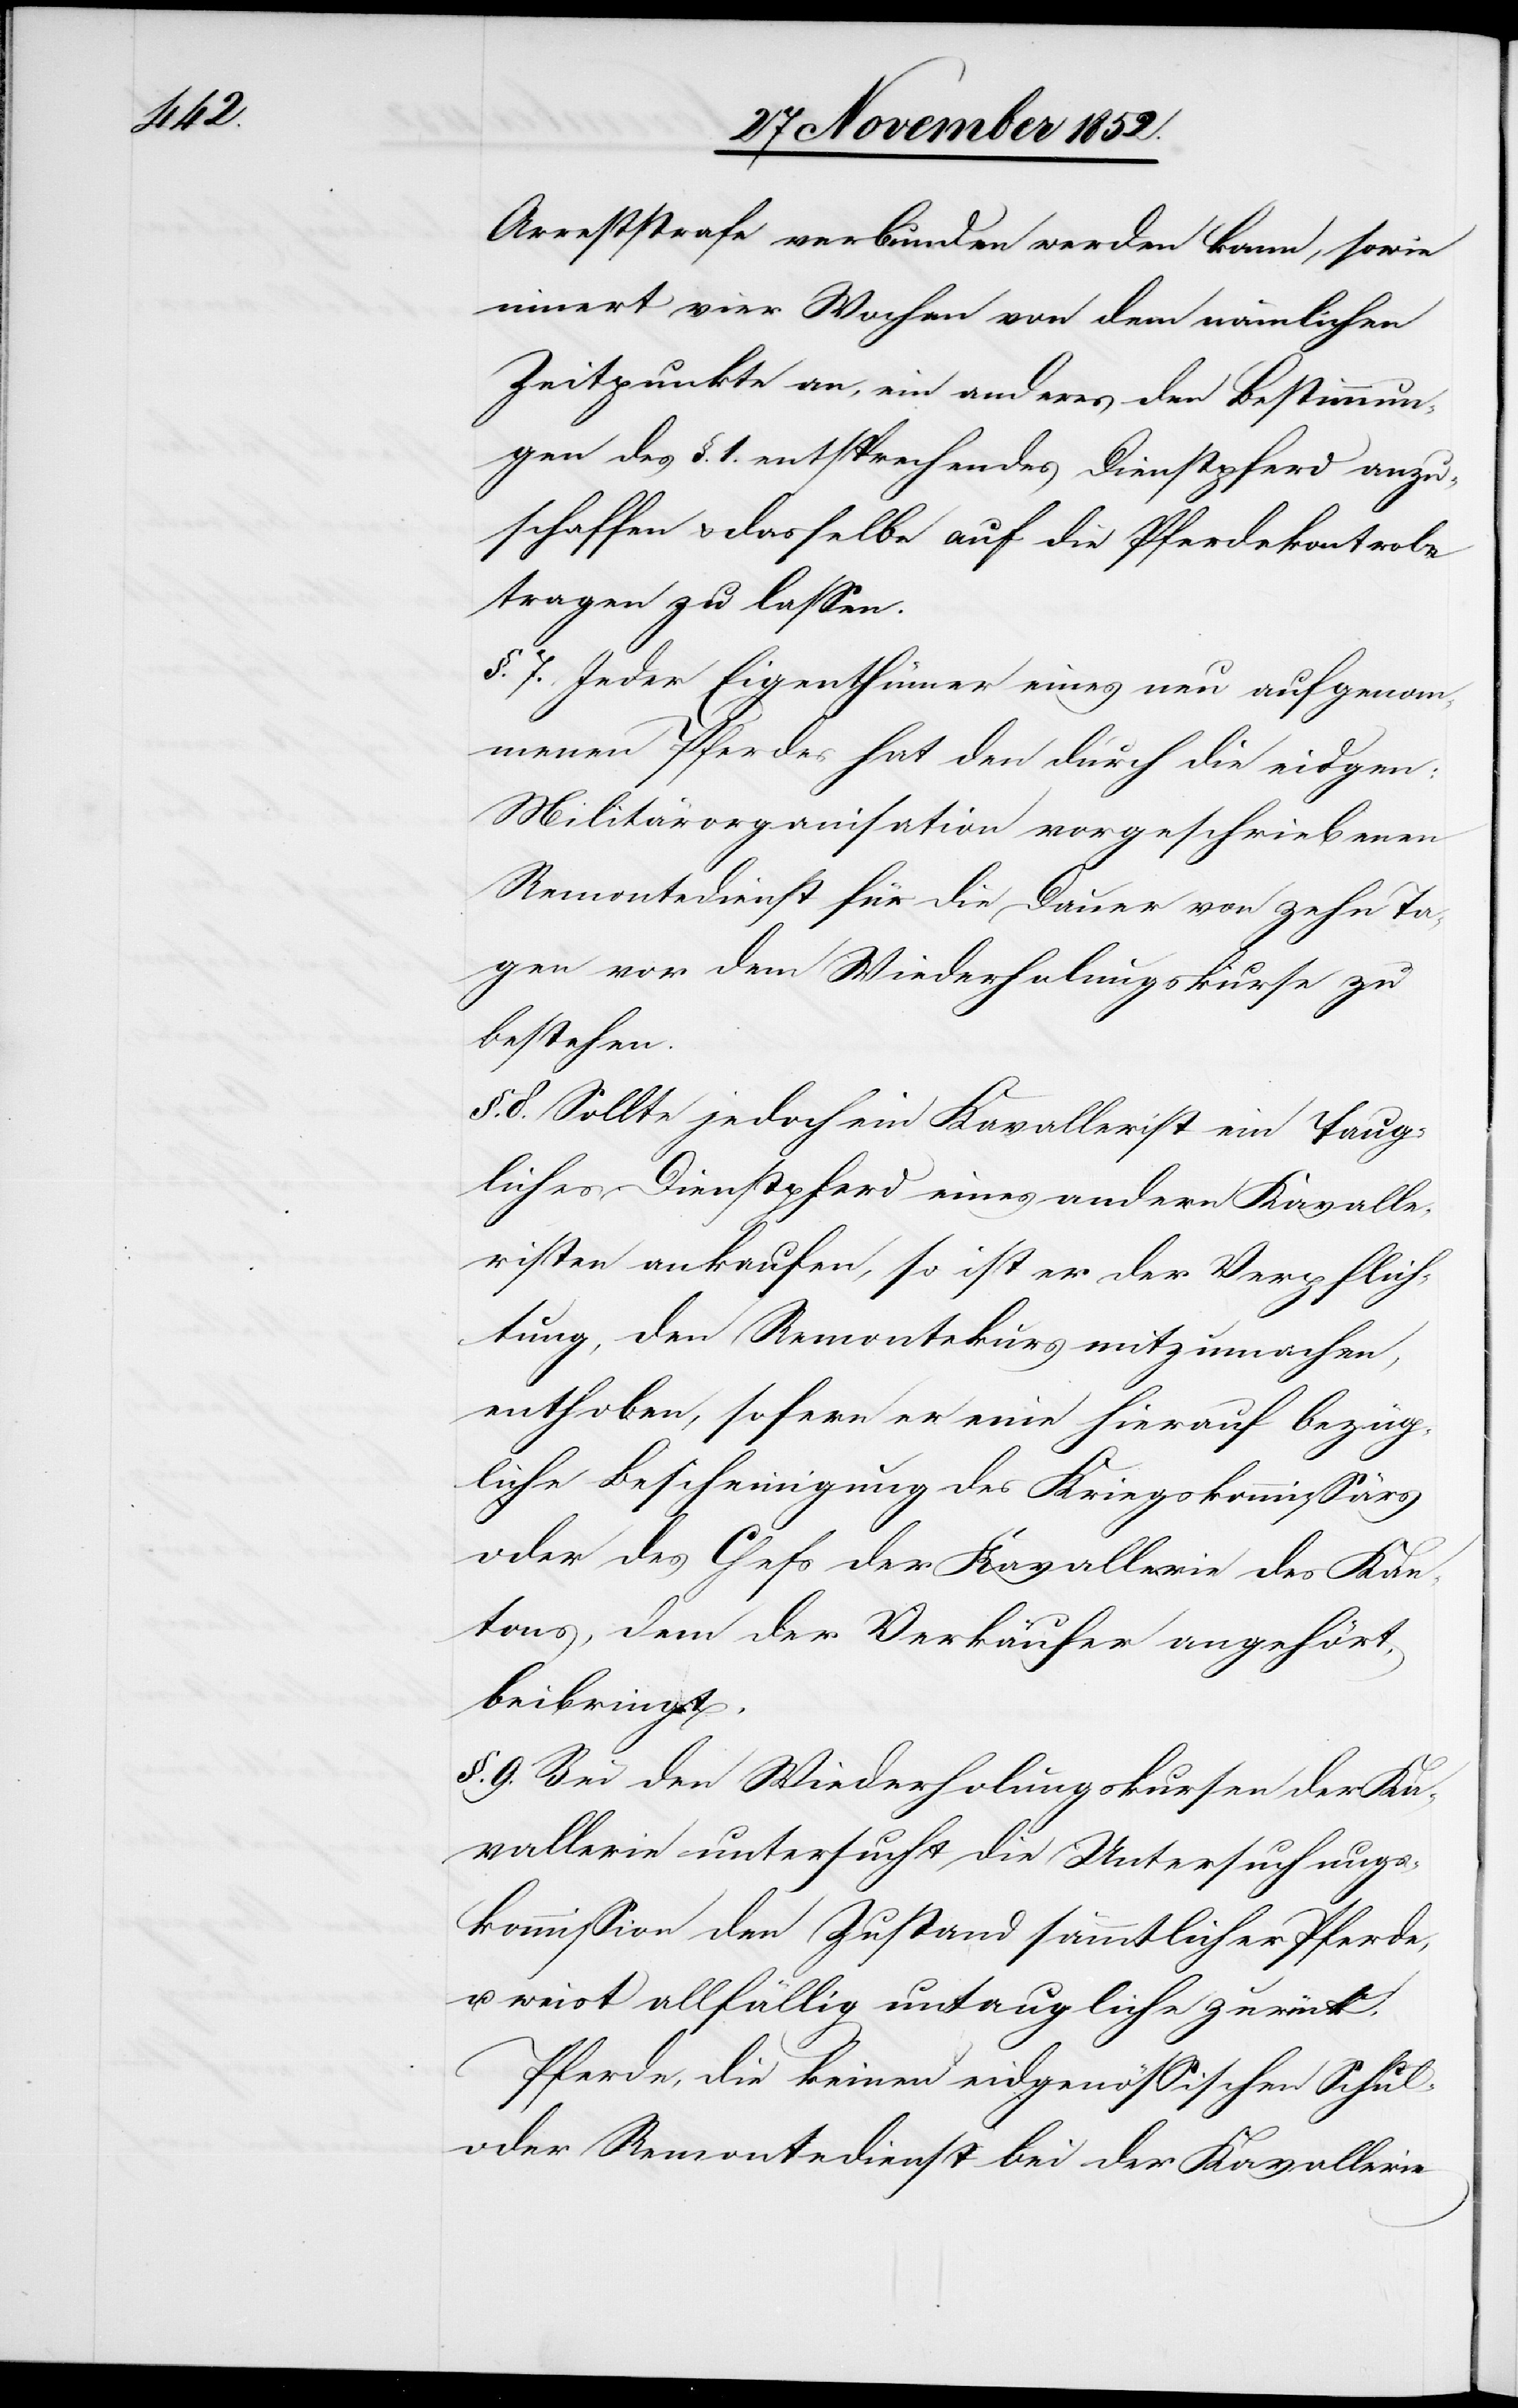
Arreststrafe verbunden werden kann, sowie
innert vier Wochen von dem nämlichen
Zeitpunkte an, ein anderes den Bestimmun¬
gen des §. 1. entsprechendes Dienstpferd anzu¬
schaffen & dasselbe auf die Pferdekontrole
tragen zu lassen.
§. 7. Jeder Eigenthümer eines neu aufgenom¬
menen Pferdes hat den durch die eidgen:
Militärorganisation vorgeschriebenen
Remontedienst für die Dauer von zehn Ta¬
gen vor dem Wiederholungskurse zu
bestehen.
§. 8. Sollte jedoch ein Kavallerist ein taug¬
liches Dienstpferd eines andern Kavalle¬
risten ankaufen, so ist er der Verpflich¬
tung, den Remontekurs mitzumachen,
enthoben, sofern er eine hierauf bezüg¬
liche Bescheinigung des Kriegskommissärs
oder des Chefs der Kavallerie des Kan¬
tons, dem der Verkäufer angehört,
beibringt.
§. 9. Bei den Wiederholungskursen der Ka¬
vallerie untersucht die Untersuchungs¬
kommission den Zustand sämmtlicher Pferde,
weist allfällig untaugliche zurück.
Pferde, die keinen eidgenössischen Schul-
oder Remontedienst bei der Kavallerie